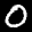
Label: 0